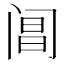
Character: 阊